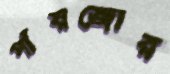
পাঁয়জোর